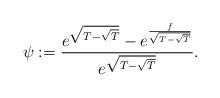
LaTeX: \begin{align*}\psi :=\frac{e^{\sqrt{T-\sqrt{T}}}-e^{\frac{f}{\sqrt{T-\sqrt{T}}}}}{e^{\sqrt{T-\sqrt{T}}}}. \end{align*}